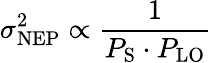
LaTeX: \sigma_{\mathrm{NEP}}^{2}\propto\frac{1}{P_{\mathrm{S}}\cdot P_{\mathrm{LO}}}